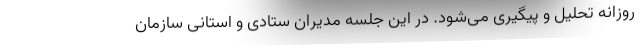
روزانه تحلیل و پیگیری می‌شود. در این جلسه مدیران ستادی و استانی سازمان